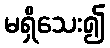
မရှိသေး၍